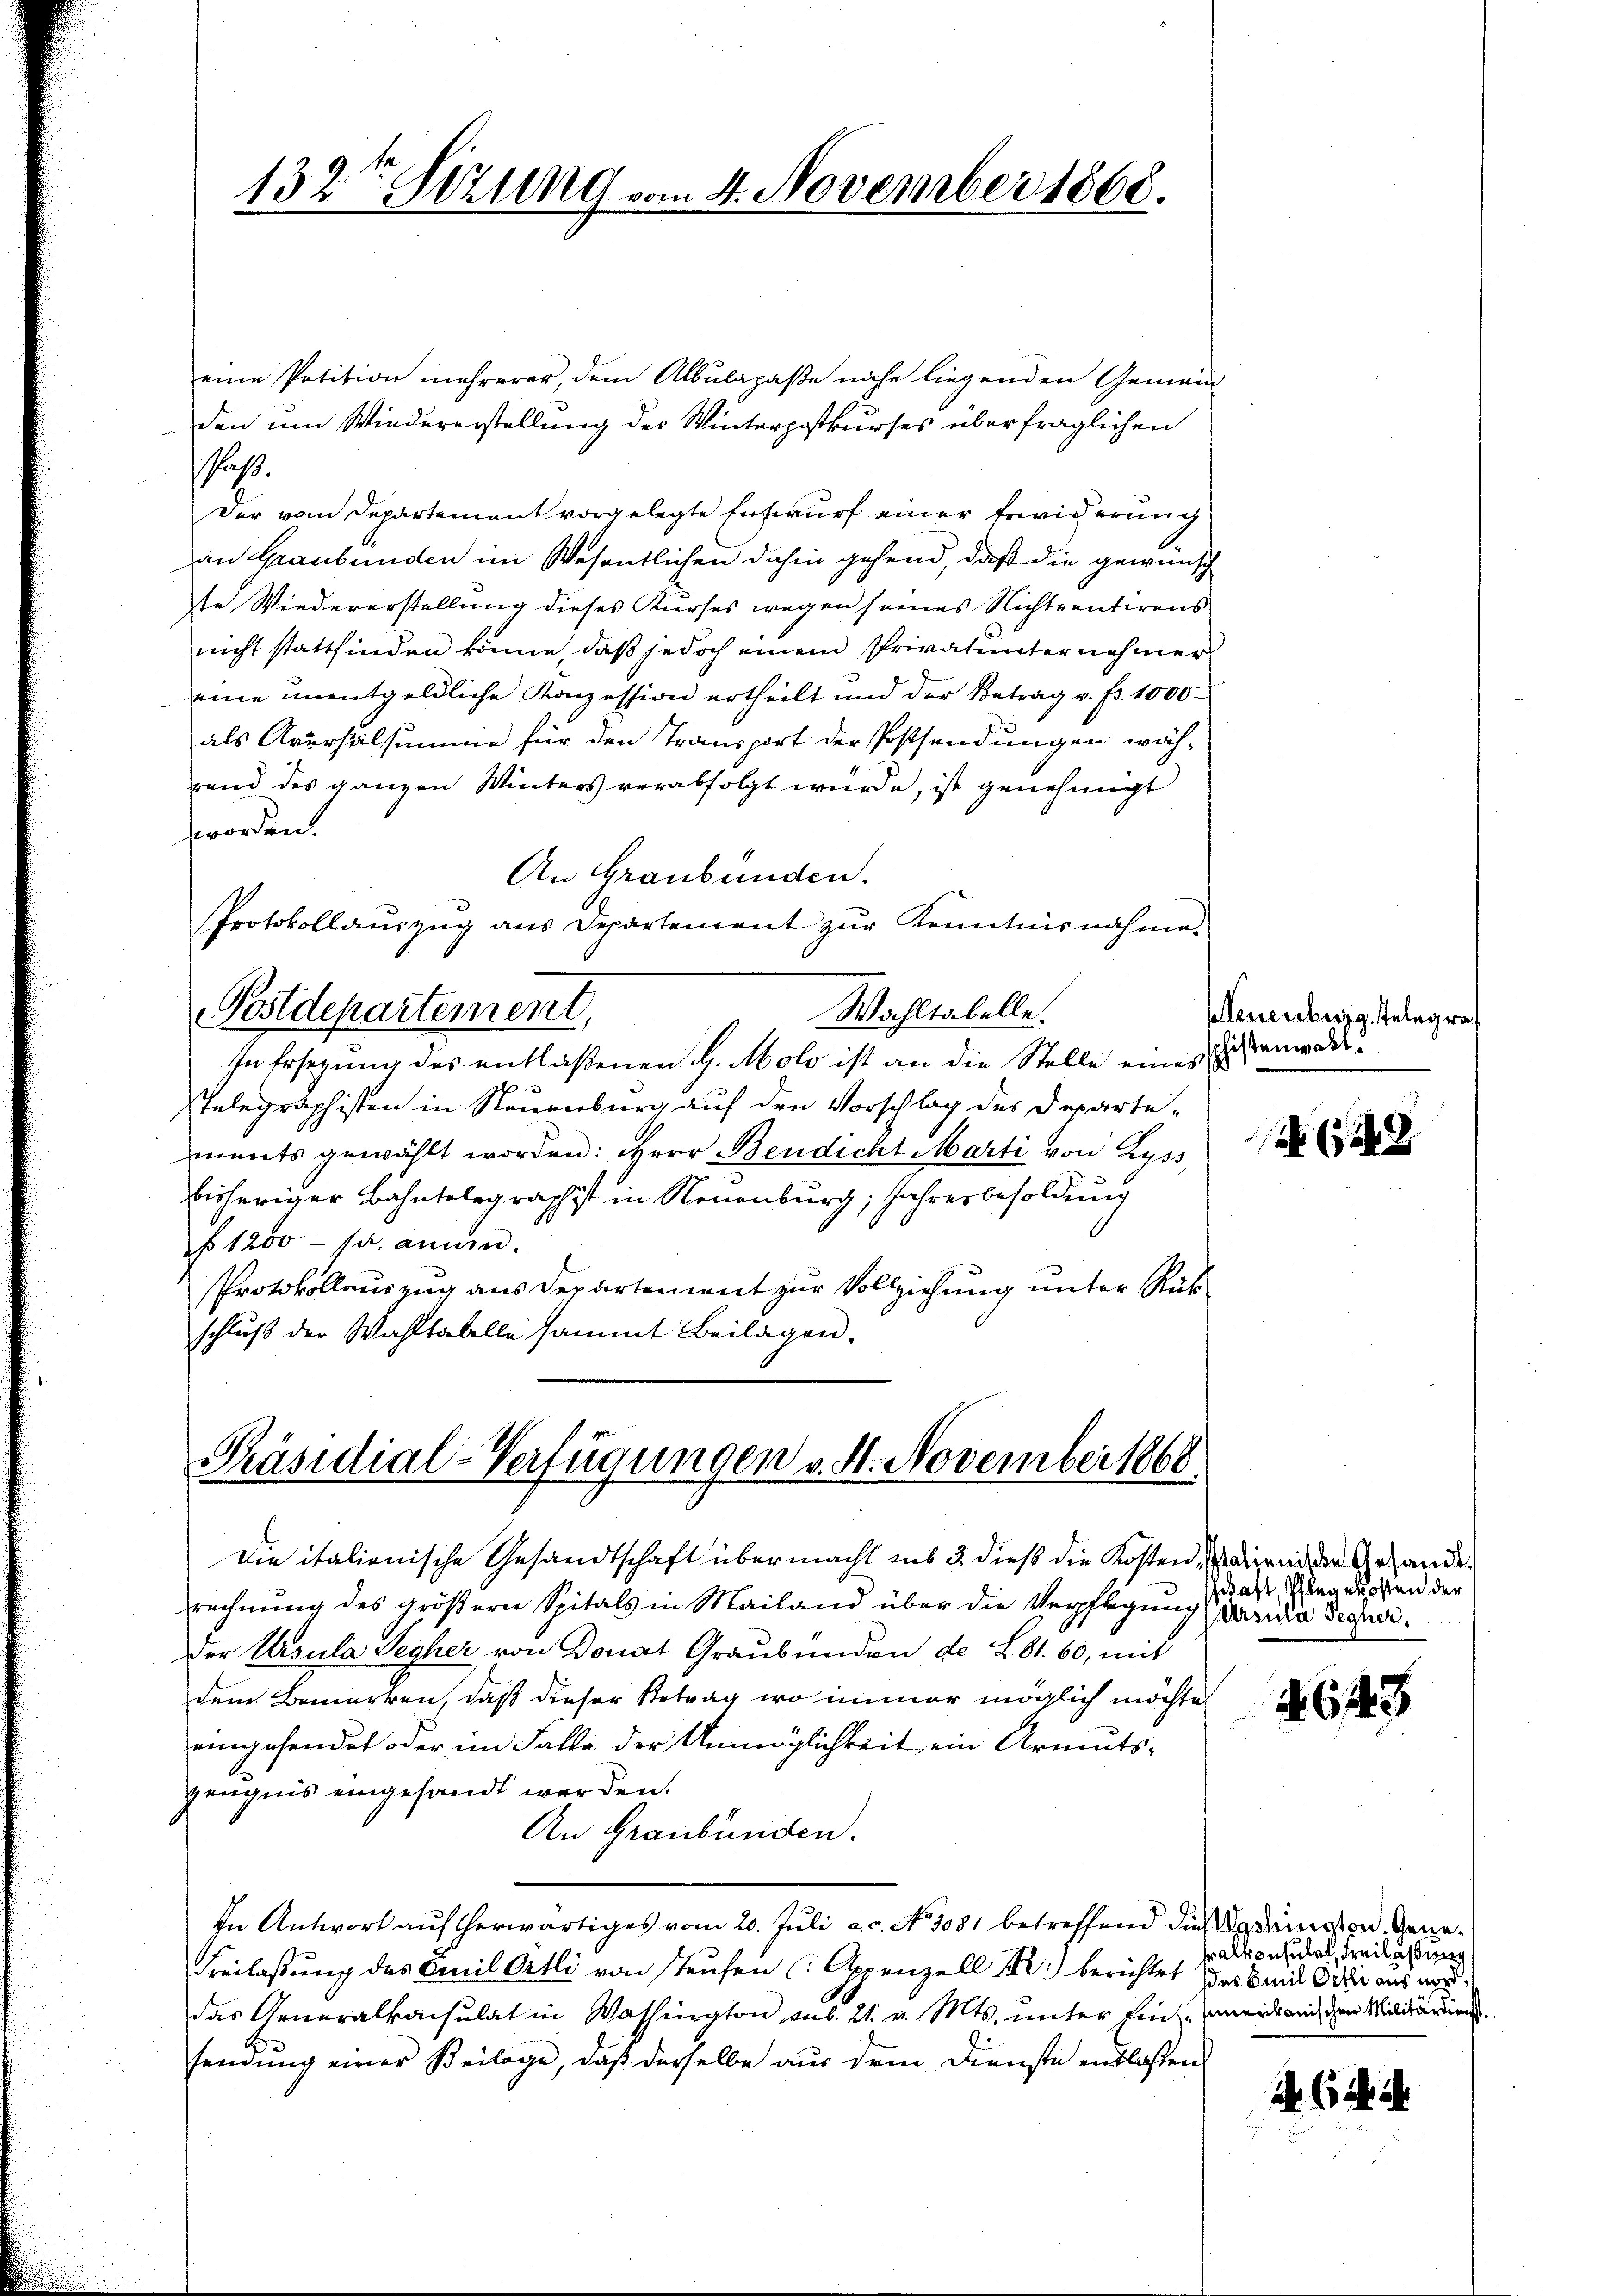
eine Petition mehrerer, dem Albulapaße nahe liegenden Gemein
den um Wiedererstellung des Winterpostkurses überfraglichen
Pas
Der vom Departement vorgelegte Entwurf einer Erwiderung
an Graubünden im Wesentlichen dahin gehend, daß die gewünsch
te Wiedererstellung dieses Kurses wegen seines Nichtrentirens
nicht stattfinden könne, daß jedoch einem Privatunternehmer
eine unentgeldliche Konzession ertheilt und der Betrag v. fr. 1000
als Aversalsumme für den Transport der Postsendungen wäh-
rend des ganzen Winters verabfolgt würde, ist genehmigt
worden.
An Graubünden.
Protokollauszug aus Departement zur Kenntnisnahme.
Postdepartement,
Wahltabelle.
In Ersezung des entlaßenen G. Molo ist an die Stelle eines
telegraphisten in Neuenburg auf den Vorschlag des Departements gewählt worden: Herr Bendicht Marti von Zyss,
bisheriger Bahntelegraphist in Neuenburg, Jahresbesoldung
No 1200 - 12. annen.
Protokollauszug aus Departement zur Vollziehung unter Rükschluß der Wahltabelle sammt Beilagen.

132 Stzung vom 4. November 1868.

Präsidial-Verfügungen v. 4. November 1868

Die italienische Gesandtschaft übermacht ins 3. dieß die Kosten, dirend der Gesandtrechnung des größern Spitals in Mailand über die Verpflegung (dasia Pecher.
der Ursula Leiher von Donat Graubünden de L 81. 60, mit
dem Bemerken, daß dieser Betrag wo immer möglich möchte
eingehendet oder im Falle der Unmöglichkeit ein Armuts¬
Zeugnis eingesandt werden.
An Graubünden.
In Antwort auf herwärtiges vom 20. Juli a. c. No 1081 betreffend dies Adamosen Gene¬
Freilassung des Emil Ortli von staufen (: Appenzell I. berichtet, das mit die aus norddas Generalkonsulat in Washington sub. 21. v. Mts. unter Einweid am den Militärdien
sendung einer Beilage, daß derselbe aus dem Dienste entlaßen

Neuenburg, Telegrat
chistenwart.

12 (1242

saft, Pflegekosten der

643

ralkonsulat Freilassung

d. 6. d. ihr